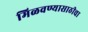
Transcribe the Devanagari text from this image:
मिळवण्यासाठीचा